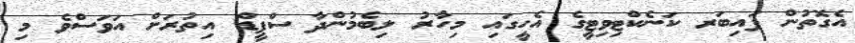
އެގޮތުން ފައިބަރ ކަނެކްޓިވިޓީގެ އެހީގައި މިހާރު ލިބެމުންދާ ސްޕީޑް އިތުރަށް އަވަސްވެ މި